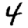
Digit: 4